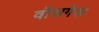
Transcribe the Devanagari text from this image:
वॉसगेस